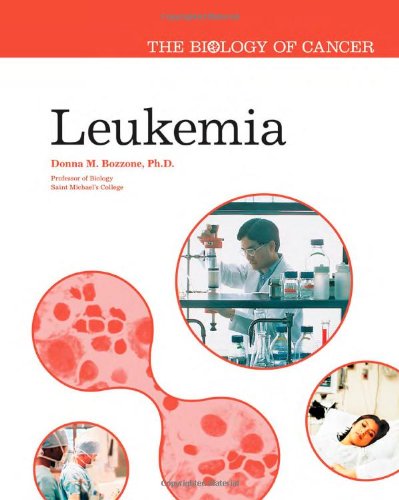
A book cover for Leukemia (The Biology of Cancer); Donna M. Bozzone; Teen & Young Adult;